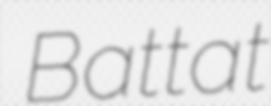
Battat